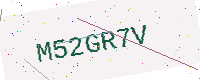
Text: M52GR7V